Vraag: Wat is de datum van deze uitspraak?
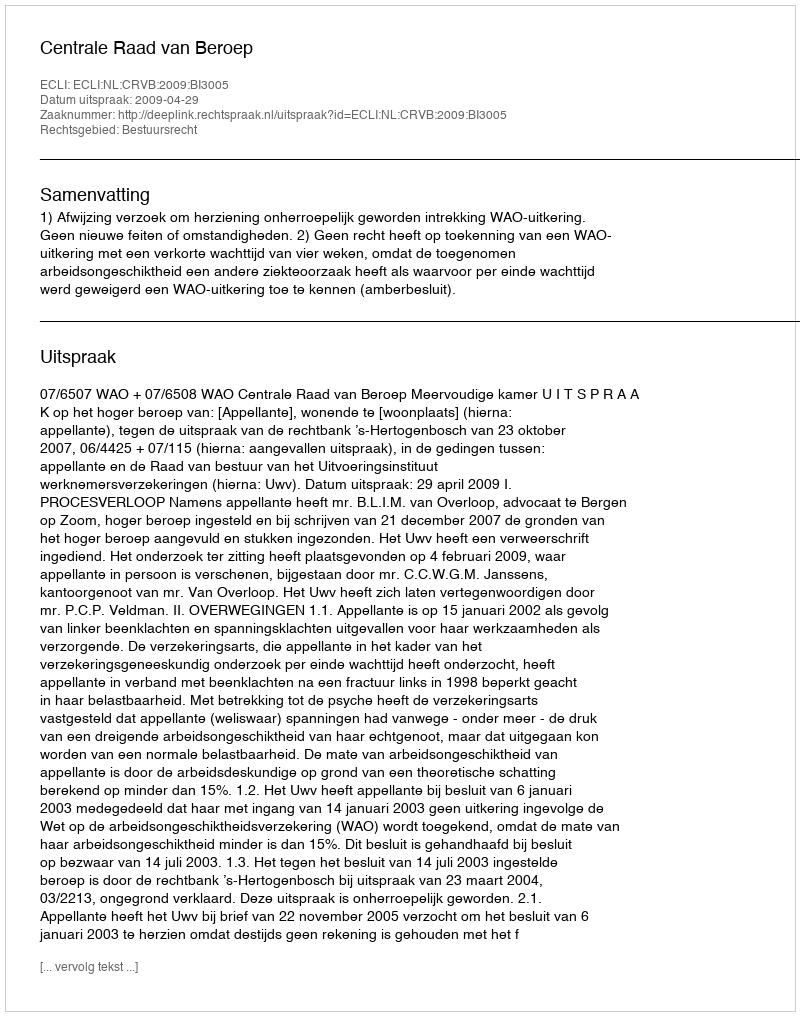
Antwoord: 2009-04-29